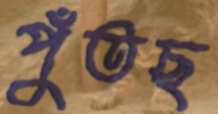
পুঁতছ